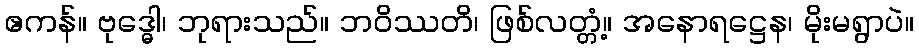
ဧကန်။ ဗုဒ္ဓေါ၊ ဘုရားသည်။ ဘဝိဿတိ၊ ဖြစ်လတ္တံ့။ အနောရဋ္ဌေန၊ မိုးမရွာပဲ။